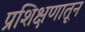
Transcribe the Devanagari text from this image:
प्रशिक्षणातून